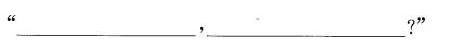
”___，___?”